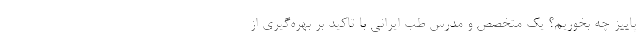
پاییز چه بخوریم؟ یک متخصص و مدرس طب ایرانی با تاکید بر بهره‌گیری از